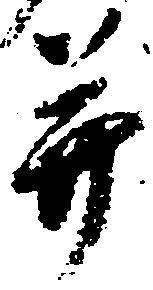
并